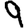
Digit: 9